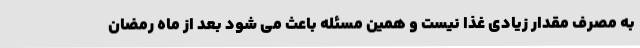
به مصرف مقدار زیادی غذا نیست و همین مسئله باعث می شود بعد از ماه رمضان